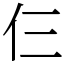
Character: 仨